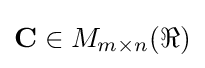
\mathbf {C} \in M_{m\times n}(\Re )